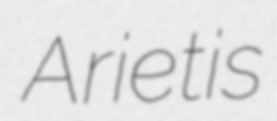
Arietis